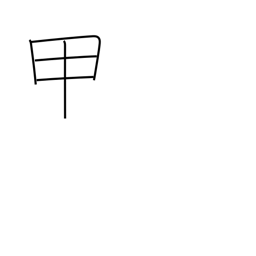
Meaning: instep